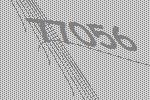
77056